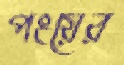
পংয়ের